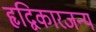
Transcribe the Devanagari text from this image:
हृद्विकारजन्य